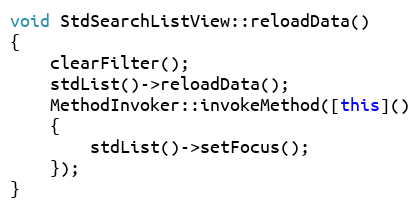
Language: C++
void StdSearchListView::reloadData()
{
    clearFilter();
    stdList()->reloadData();
    MethodInvoker::invokeMethod([this]()
    {
        stdList()->setFocus();
    });
}